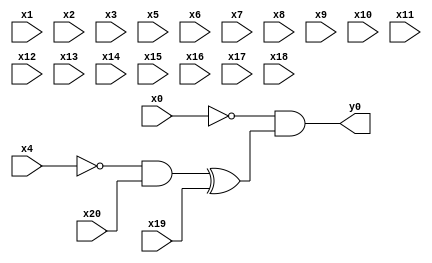
module top( x0 , x1 , x2 , x3 , x4 , x5 , x6 , x7 , x8 , x9 , x10 , x11 , x12 , x13 , x14 , x15 , x16 , x17 , x18 , x19 , x20 , y0 );
  input x0 , x1 , x2 , x3 , x4 , x5 , x6 , x7 , x8 , x9 , x10 , x11 , x12 , x13 , x14 , x15 , x16 , x17 , x18 , x19 , x20 ;
  output y0 ;
  wire n22 , n23 , n24 ;
  assign n22 = ~x4 & x20 ;
  assign n23 = n22 ^ x19 ;
  assign n24 = ~x0 & n23 ;
  assign y0 = n24 ;
endmodule